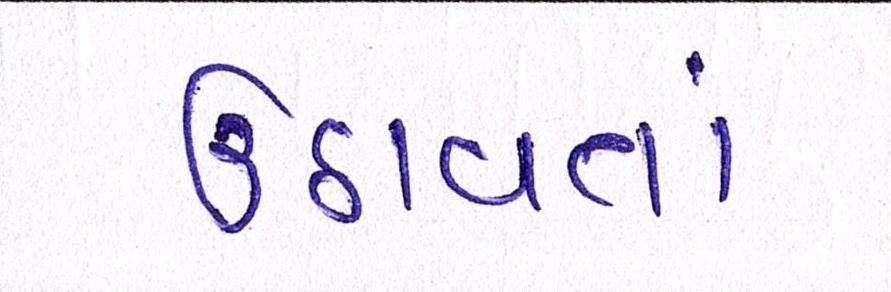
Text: ઉઠાવતાં